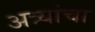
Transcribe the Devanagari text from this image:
अत्र्यांचा